Indian journal of veterinary science and animal husbandry - Volume 8,
Year: 1938
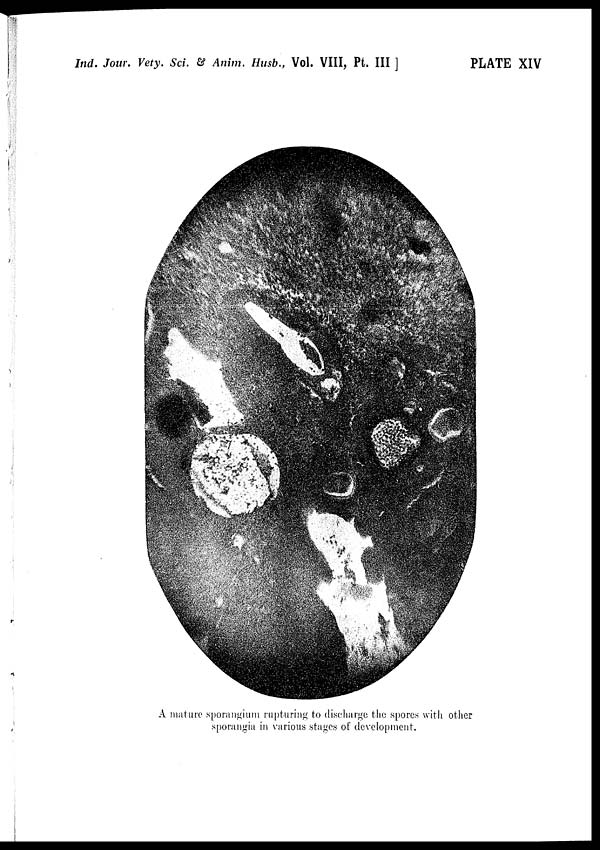
Ind. Jour. Vety. Sci. & Anim. Husb., Vol. VIII, Pt. III]
PLATE XIV
A mature sporangium rupturing to discharge the spores with other
sporangia in various stages of development.